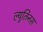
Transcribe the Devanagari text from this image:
ल्युतिनस